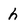
Character: h